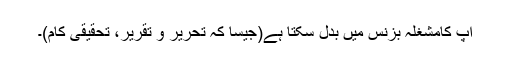
آپ کامشغلہ بزنس میں بدل سکتا ہے(جیسا کہ تحریر و تقریر، تحقیقی کام)۔